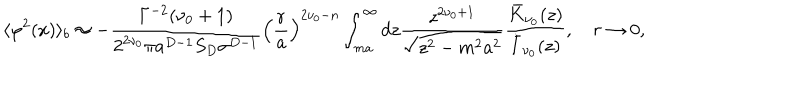
LaTeX: \langle \varphi ^ { 2 } ( x ) \rangle _ { b } \approx - \frac { \Gamma ^ { - 2 } ( \nu _ { 0 } + 1 ) } { 2 ^ { 2 \nu _ { 0 } } \pi a ^ { D - 1 } S _ { D } \sigma ^ { D - 1 } } \left( \frac { r } { a } \right) ^ { 2 \nu _ { 0 } - n } \int _ { m a } ^ { \infty } d z \frac { z ^ { 2 \nu _ { 0 } + 1 } } { \sqrt { z ^ { 2 } - m ^ { 2 } a ^ { 2 } } } \frac { \bar { K } _ { \nu _ { 0 } } ( z ) } { \bar { I } _ { \nu _ { 0 } } ( z ) } , \quad r \to 0 ,